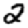
Digit: 2